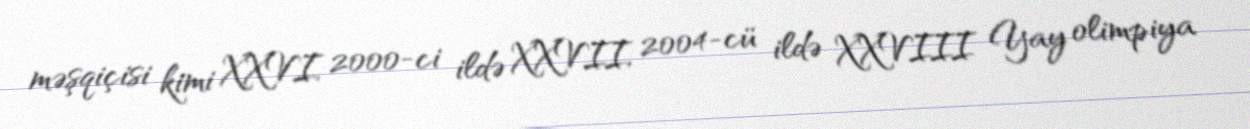
məşqiçisi kimi XXVI, 2000-ci ildə XXVII, 2004-cü ildə XXVIII Yay olimpiya